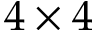
4 \times 4